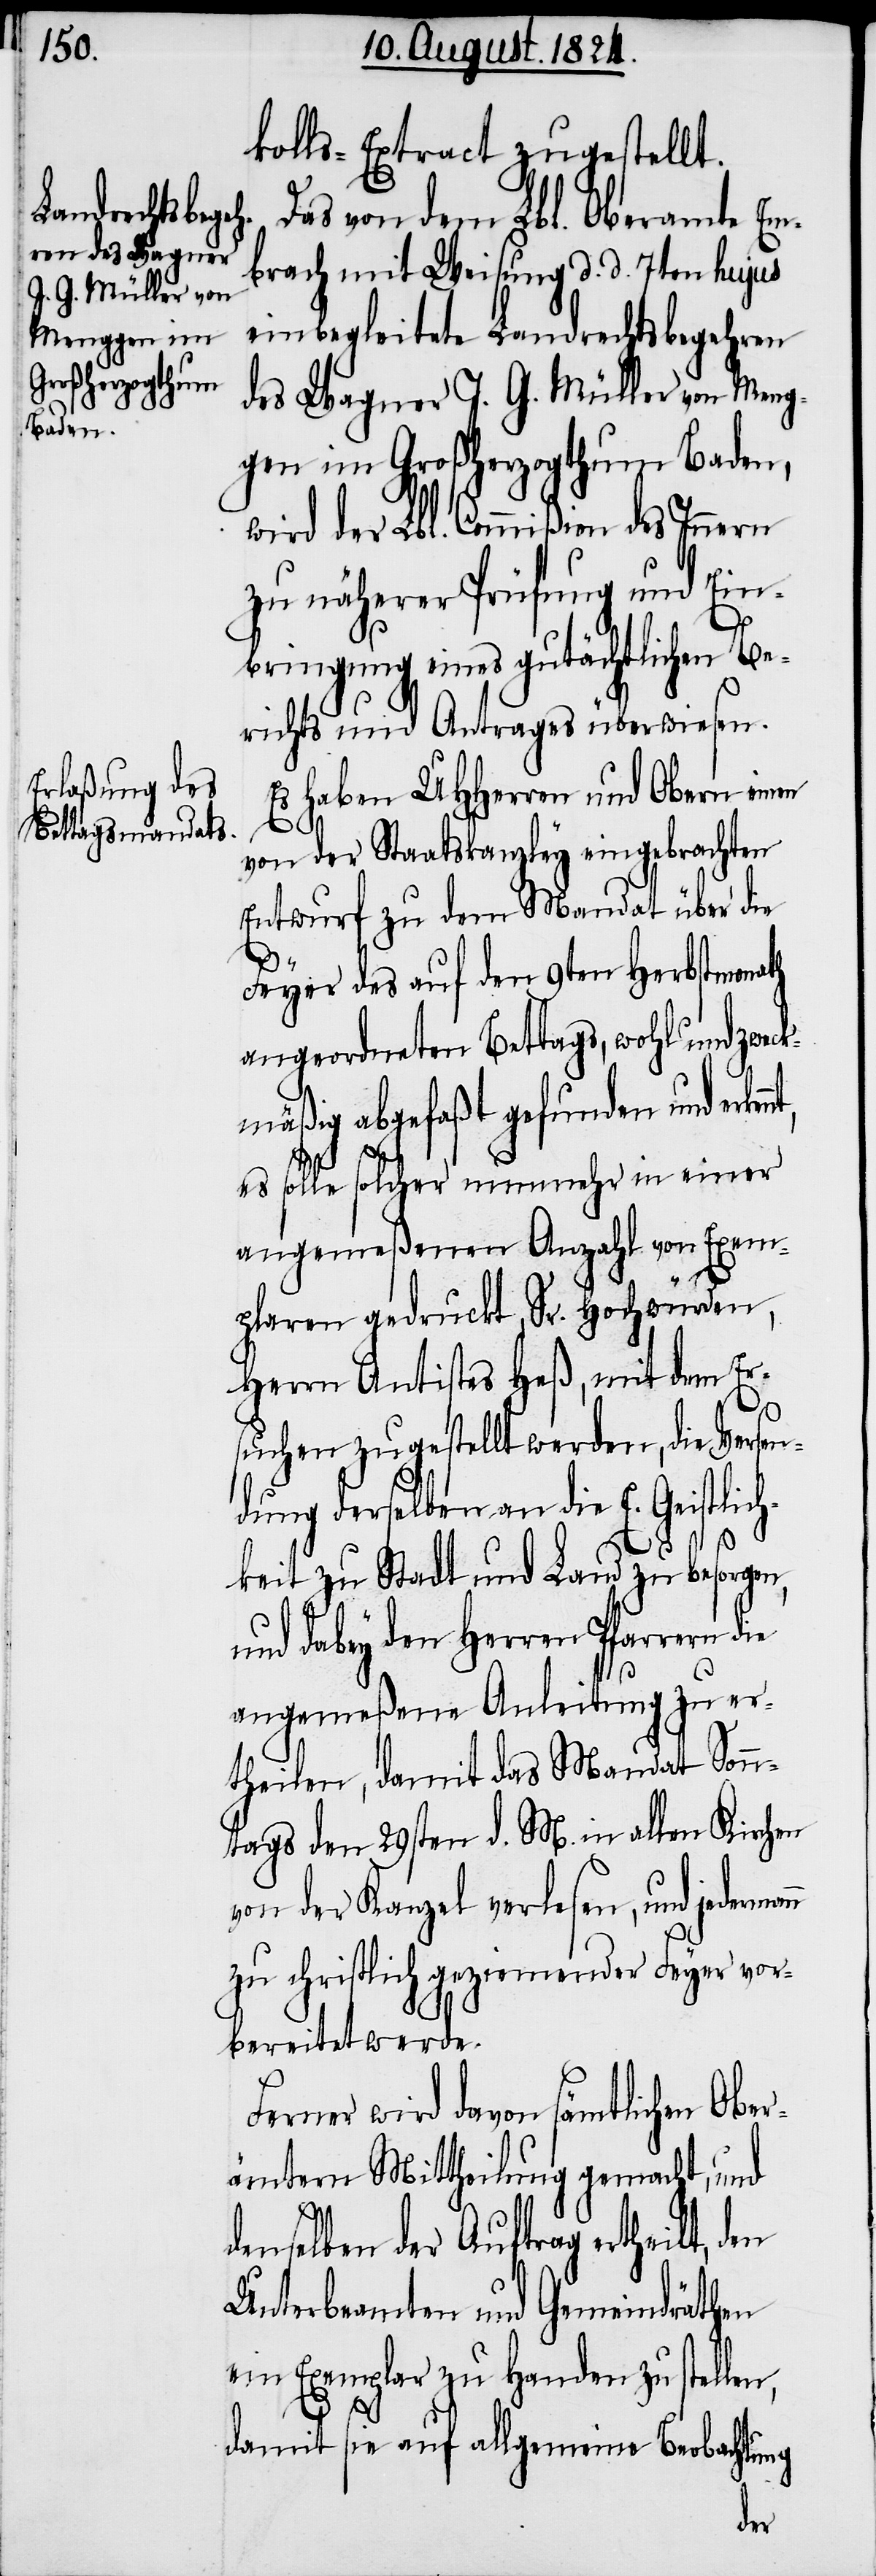
kolls-Extract zugestellt.
Das von dem Lbl. Oberamte Em¬
brach mit Weisung d. d. 7ten hujus
einbegleitete Landrechtsbehren
des Wagner J. G. Müller von Men¬
gen im Großherzogthum Baden,
wird der Lbl. Commißion des Innern
zu näherer Prüfung und Ein¬
bringung eines gutächtlichen Be¬
richts und Antrages überwiesen.
Es haben UHHerren und Obern einen
nn
von der Staatskanzley eingebrachten
Entwurf zu dem Mandat über die
Feyer des auf den 9ten Herbstmonath
angeordneten Bettags, wohl und zwec¬
kmäßig abgefaßt gefunden und erken¬
es solle solcher nunmehr in einer
angemeßenen Anzahl von Exem¬
plaren gedruckt, Sr. Hochwürden,
Herrn Antistes Heß, mit dem Er¬
suchen zugestellt werden, die Versen¬
dung derselben an die E. Geistli¬
keit zu Stadt und Land zu besorgen,
und dabey den Herren Pfarrern
angemeßene Anleitung zu er¬
theilen, damit das Mandat Sonn¬
tags den 29sten d. M. in allen Kirchen
von der Kanzel verlesen, und jederma¬
zu christlich geziemender Feyer vor¬
bereitet werde.
Ferner wird davon sämtlichen Ober¬
ämtern Mittheilung gemacht, und
denselben der Auftrag ertheilt, den
Unterbeamten und Gemeindräthen
ein Exemplar zu Handen zu stellen,
damit sie auf allgemeine Beobachtung